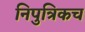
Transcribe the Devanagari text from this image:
निपुत्रिकच